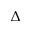
\Delta